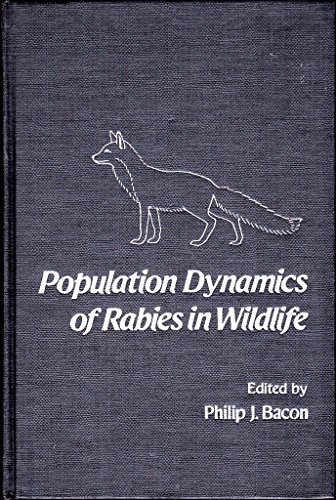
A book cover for Population Dynamics of Rabies in Wildlife; Medical Books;